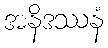
အနိဒဿနံ